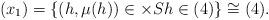
LaTeX: \begin{align*}\left(x_{1}\right)=\left\{(h,\mu(h))\in \times S h\in (4)\right\}\cong (4).\end{align*}